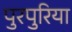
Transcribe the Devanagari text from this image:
पुरपुरिया